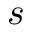
s